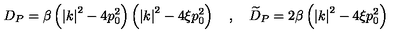
D _ { P } = \beta \left( \left| k \right| ^ { 2 } - 4 p _ { 0 } ^ { 2 } \right) \left( \left| k \right| ^ { 2 } - 4 \xi p _ { 0 } ^ { 2 } \right) \quad , \quad \widetilde { D } _ { P } = 2 \beta \left( \left| k \right| ^ { 2 } - 4 \xi p _ { 0 } ^ { 2 } \right)